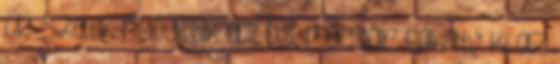
Új szelek nyögetik az ős, magyar fákat," Ki az